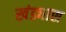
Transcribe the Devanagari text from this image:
खंड्यास